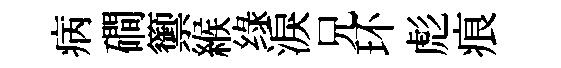
病磵籞緱绿淚兄环彪痕